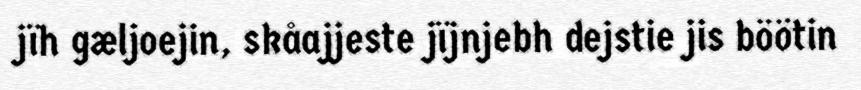
jïh gæljoejin, skåajjeste jïjnjebh dejstie jis böötin